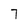
Character: 7